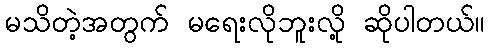
မသိတဲ့အတွက် မရေးလိုဘူးလို့ ဆိုပါတယ်။